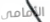
الأمامي